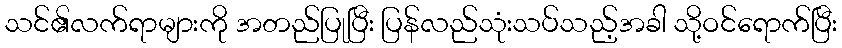
သင်၏လက်ရာများကို အတည်ပြုပြီး ပြန်လည်သုံးသပ်သည့်အခါ သို့ဝင်ရောက်ပြီး